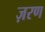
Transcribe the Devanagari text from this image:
ज़रण